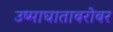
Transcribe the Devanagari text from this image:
उष्माघाताबरोबर